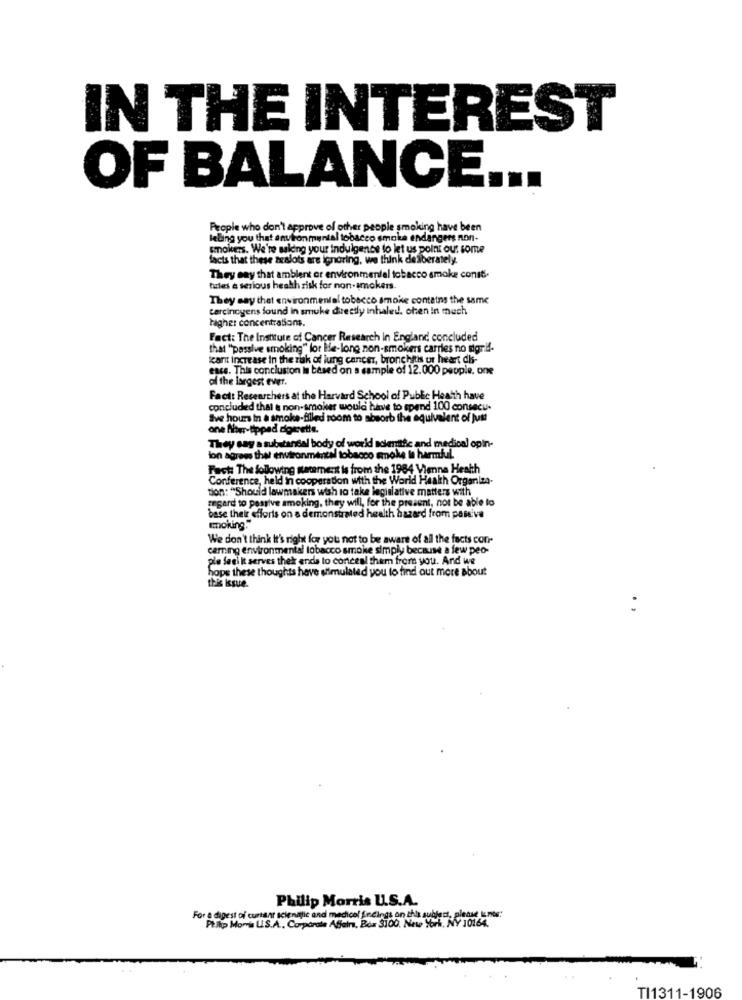
IN THE INTEREST
OF BALANCE ...
People who don't approve of other people smoking have been
leling you that anulronmental tobacco smoke endangers non-
smokers. We're making your indulgence to let us point ou: some
facts that these teslots are ignoring, we think deliberately.
They say that ambient or environmental tobacco smoke const.
tules a serious health risk for non-amckers.
They say that environmental tobacco smoke contains the same
Carcinogens found In smuke directly inhaled. chen In much
higher concentrations.
Fact: The Institute of Cancer Research in England concluded
that "passive smoking" lor Be-long non-smokers carries no digrif-
karit increase in the rak of lung cancer, bronchitis ur heart dis-
esce. This conclusion is based on a sample of 12.000 people. one
of the largest ever.
Facit Researchers at the Harvard School of Public Heath have
concluded that & non-smoker would hinis to spend 100 consecu-
Sve hours in a smoke-filled room to absorb the equivalent of just
one Nihwr-tippad cigarette.
They say a substandal body of world solemnific and medical opin-
ion agrees that environmental tobacco smoke le harmful.
Fact: The following statement is from the 1984 Vienna Heath
Conference, held in cooperation with the World Health Organiza-
tion: "Should lawmakers wish to take legislative matters with
regard to passive smoking, they will, for the present, not be able to
base their efforts on a demonstrated health hazard from passive
smoking."
We don't think it's right for you not to be aware of all the facts con-
camning environmental tobacco smoke simply because a few peo-
ple Seel it serves that ends to conceal them from you. And we
hope these thoughts have stimulated you to find out more about
this issue.
Philip Morris UL.S.A.
For a digest of cursar scienilic and medical findings on this subject, please k nos!'
Pt.ilp Momis U.S.A ., Corporate Affairs, Box $100, New York, NY 10164.
TI1311-1906